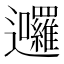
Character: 𮟩